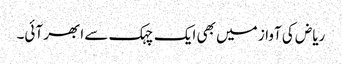
ریاض کی آواز میں بھی ایک چہک سے ابھر آئی۔